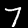
Label: 7